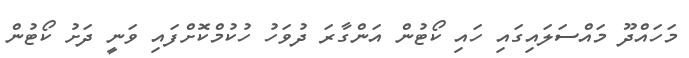
މަހައްދޫ މައްސަލައިގައި ހައި ކޯޓުން އަންގާރަ ދުވަހު ހުކުމްކޮށްފައި ވަނީ ދަށު ކޯޓުން